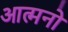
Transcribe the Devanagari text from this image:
आत्मनो